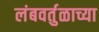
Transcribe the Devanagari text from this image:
लंबवर्तुळाच्या